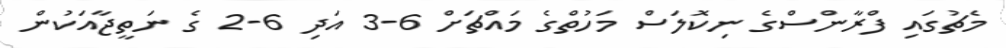
މެޗުގައި ފްރާންސްގެ ނިކޮލަސް މަހުތްގެ މައްޗަށް 6-3 އަދި 6-2 ގެ ނަތީޖާއަކުން